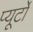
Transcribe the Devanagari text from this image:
प्‍यूर्टो